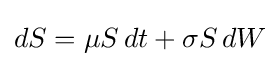
dS=\mu S\,dt+\sigma S\,dW